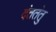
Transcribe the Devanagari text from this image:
दंततंतु